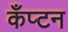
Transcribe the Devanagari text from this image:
कँप्टन